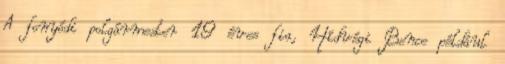
A fonyódi polgármester 19 éves fia, Hídvégi Bence például